Lunatic asylums Madras 1892-1911 - 1892-1911
Year: 1892
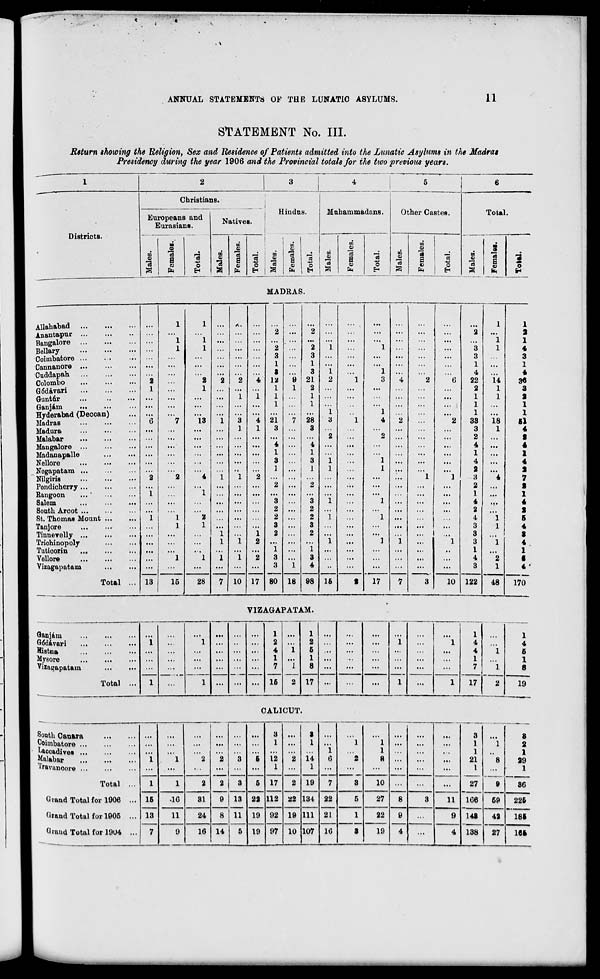
■
'
ANNUAL STATEMENTS OF THE LUNATIC ASYLUMS.
11
STATEMENT No. III.
Return showing the Religion, Sex and Residence of Patients admitted into the Lunatic Asylums in the Madras
Presidency during the year 1906 and the Provincial totals for the two previous years.
1
2
3
4
5
6
Christians.
i
Hindus.
Muhammadans.
Other Castes.
Total
Europeans and
Eurasians.
i
Districts.
w
to
.
to
to
m
to
73
a
9
73
a
«
4
O
EH
m
03
a
0)
73
a "a
■*->
o
E-t
0)
"3
1 »
73
a
3
13
_E5_
to
Q
a
O)
73
a
73
o
01
73
a
Female
3 o
to
B
73
a
•
73
a
9
4*
O
E-i
MADRAS.
Allahabad
1
1
•..
1
1
Anantapur
...
...
...
...
...
2 ...
2 ...
...
...
...
...
...
2
...
2
Bangalore
Bellary
1
1
1
1
...
2 ...
*2
1
...
1
...
3
1
1
Coimbatore
...
...
...
...
3
...
3
1
...
...
...
...
3
Cannanore
...
...
...
...
...
...
1
...
...
...
...
...
...
1
...
Cuddapah
...
Colombo
"i
...
2
2
2 "i
8
12
9
3
21
1
2
1
1
3
4
2
6
4
22
14
3«
Gddavari
i
...
1
...
...
...
1
1
2
...
...
...
...
2
1
Guntfir
...
...
...
...
1
1
1
1
...
...
...
...
1
1
G an jam
...
...
...
...
...
...
1
...
1
...
...
...
...
...
...
1
...
Hyderabad (Decoan)
Madras
"G
"'7
13
i 3 "i 21 "7 28
1
3
1
1
4
2
'.'.'.
"2
1
33
18
5l
Madura
...
...
...
...
1
1
3 ...
3
...
...
...
...
...
3
1
Malabar
...
...
...
...
...
...
...
...
...
2
...
2 ...
...
...
2
...
Mangalore
...
...
...
...
...
...
4 ...
4 ...
...
...
...
...
4
...
Madanapalle
...
...
...
...
...
...
1
1
...
...
...
...
...
...
1
...
Nellore
...
...
...
...
...
3
3
1
...
1
...
...
...
4
...
Negapatam ...
...
...
...
• •
...
1
...
1
1
...
1
...
...
a ...
Nilgiris
2
2
4
i
1
2 ...
...
...
...
...
...
1
1
8
4
Pondicherry
...
...
...
...
...
...
2 ...
2 ...
...
...
...
...
...
2
...
Rangoon
1
1
...
...
...
...
...
...
...
...
...
...
...
...
1
...
Salem
...
...
...
...
3 ...
3
1
...
1
...
...
...
4
...
South Arcot
...
...
...
...
2 ...
2
...
...
...
...
...
...
2
St. Thomas Mount ...
1
1
2
...
2 ...
2
1
...
1
...
4
1
Tanjore
1
1
...
...
3 ...
3
...
...
...
...
...
3
1
Tinneyelly ...
...
...
I ...
1
2 ...
2
...
...
...
...
... 1 ...
3
...
Triohinopoly
...
...
...
i
1
2 ...
...
...
1
...
]
1
...
1
3
1
Tutioorin
...
...
...
...
1
...
1
...
...
...
...
...
,.
1
Vellore
1
1
l
1
2
3
...
3
...
...
...
...
4
2
Vizagapatam
13
...
...
7 10 17
3
80
1
4
15
...
17
7
3
...
3
122
1
48
Total ...
15
28
18 98
t
10
170
VIZAGAPATAM.
Qanjam
1
1
1
G6davari
...
1
1
...
..
...
2 ...
2
...
...
i
1
4
Histna
...
11.
4
1
5
...
...
4
Mysore
...
...
...
...
1 ...
1
...
...
...
...
1
Yiza»apatam
...
...
...
...
...
...
7
1
8 ...
...
...
...
...
...
7
Total ...
1
...
1
...
...
...
16
2 17
...
...
1
...
1
17
1
4
1
6
1
1
8
2
19
CALICUT.
South Canara
Coimbatore
Laocadives
Malabar
Ir&vunoore ...
...
i
1
"2
"i 3 "6
3
1
is
1
2
3
1
14
1
i
8
1
"2
1
1
8
...
...
...
3
1
1
21
1
"l
8
8
2
1
29
1
Total ...
1
15
13
7
1
2
2
9
8
14
3
13
11
5
5
22
19
19
17
112
2
22
19
7
3
10
8
...
11
27
106
148
138
9
59
42
86
Grand Total for 1906 ...
•1G
31
134
111
107
22
21
16
5
27
3
225
Grand Total for 1905 ...
11
24
92
97
19
10
1
22
19
9
4
9
186
Grand Total for li )U4 ...
9
16
3
4
27
166